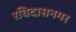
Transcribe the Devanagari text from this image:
रविदासनगर